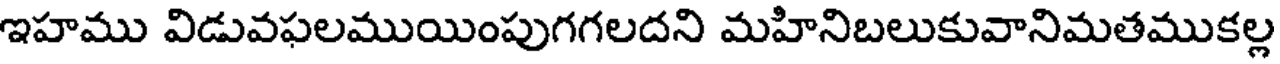
ఇహము విడువఫలముయింపుగగలదని మహినిబలుకువానిమతముకల్ల